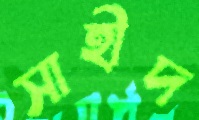
সাহীদ